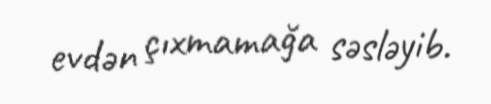
evdən çıxmamağa səsləyib.